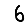
Digit: 6